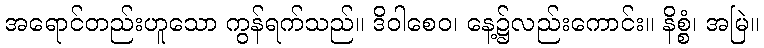
အရောင်တည်းဟူသော ကွန်ရက်သည်။ ဒိဝါစေဝ၊ နေ့၌လည်းကောင်း။ နိစ္စံ၊ အမြဲ။